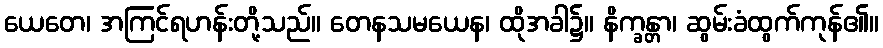
ယေတေ၊ အကြင်ရဟန်းတို့သည်။ တေနသမယေန၊ ထိုအခါ၌။ နိက္ခန္တာ၊ ဆွမ်းခံထွက်ကုန်၏။